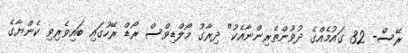
ރޭސް- 32 ގައުމެއްގެ ދުވުންތެރިންނާއެކު" ދިރާގު މޯލްޑިވްސް ރޯޑް ރޭހުގައި ބައިވެރިވި ކެންޔާގެ